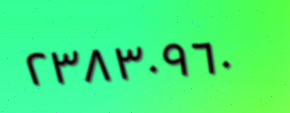
٢٣٨٣٠٩٦٠